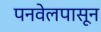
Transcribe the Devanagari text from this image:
पनवेलपासून